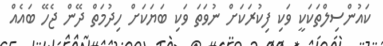
ކައުންސިލްތަކަކީ ވަކި ފިކުރަކަށް ނުވަތަ ވަކި ބަޔަކަށް ހިދުމަތް ދޭން ޖެހޭ ބައެއް